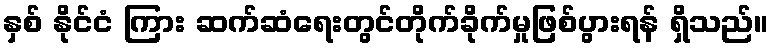
နှစ် နိုင်ငံ ကြား ဆက်ဆံရေးတွင်တိုက်ခိုက်မှုဖြစ်ပွားရန် ရှိသည်။